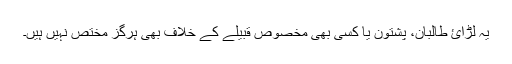
يہ لڑائ طالبان، پشتون يا کسی بھی مخصوص قبيلے کے خلاف بھی ہرگز مختص نہيں ہيں۔